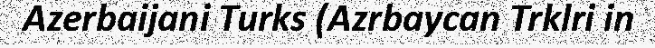
Azerbaijani Turks (Azrbaycan Trklri in